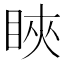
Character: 䀹